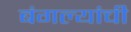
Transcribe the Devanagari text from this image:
बंगल्यांची